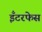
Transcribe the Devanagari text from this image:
इँटरफेस